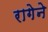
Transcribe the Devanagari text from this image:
रागेने